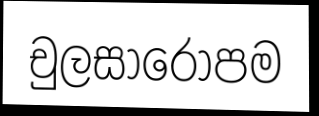
චුලසාරොපම